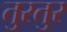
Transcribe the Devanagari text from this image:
तुरतुर